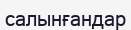
салынғандар